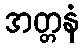
အတ္တနံ